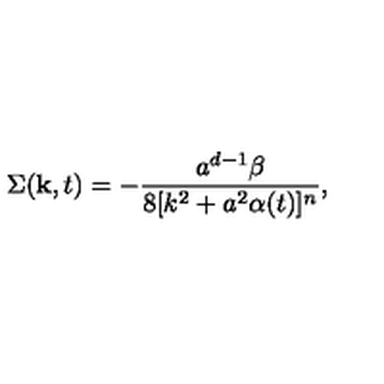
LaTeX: \Sigma ( { \bf k } , t ) = - \frac { a ^ { d - 1 } \beta } { 8 [ k ^ { 2 } + a ^ { 2 } \alpha ( t ) ] ^ { n } } ,